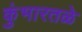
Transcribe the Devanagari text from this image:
कुंभारतळे